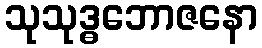
သုသုဒ္ဓဘောဇနော